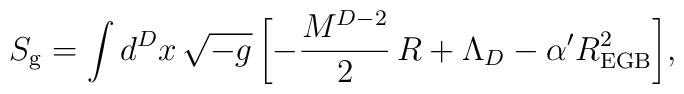
S_{\rm g} = \int d^{D}x \,\sqrt{- g}\, \biggl[ -\frac{M^{D-2}}{2}\, R + \Lambda_{D} - \alpha' R_{\rm EGB}^2\biggr],